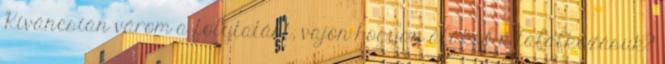
Kíváncsian várom a folytatást, vajon hogyan alakul a találkozásuk?